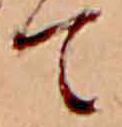
て